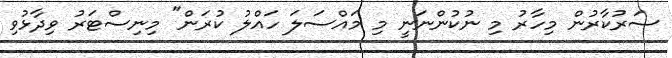
ސަރުކާރުން މިހާރު މި ނުކުންނަނީ މި މައްސަލަ ހައްލު ކުރަން" މިނިސްޓަރު ވިދާޅުވި